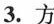
3.方